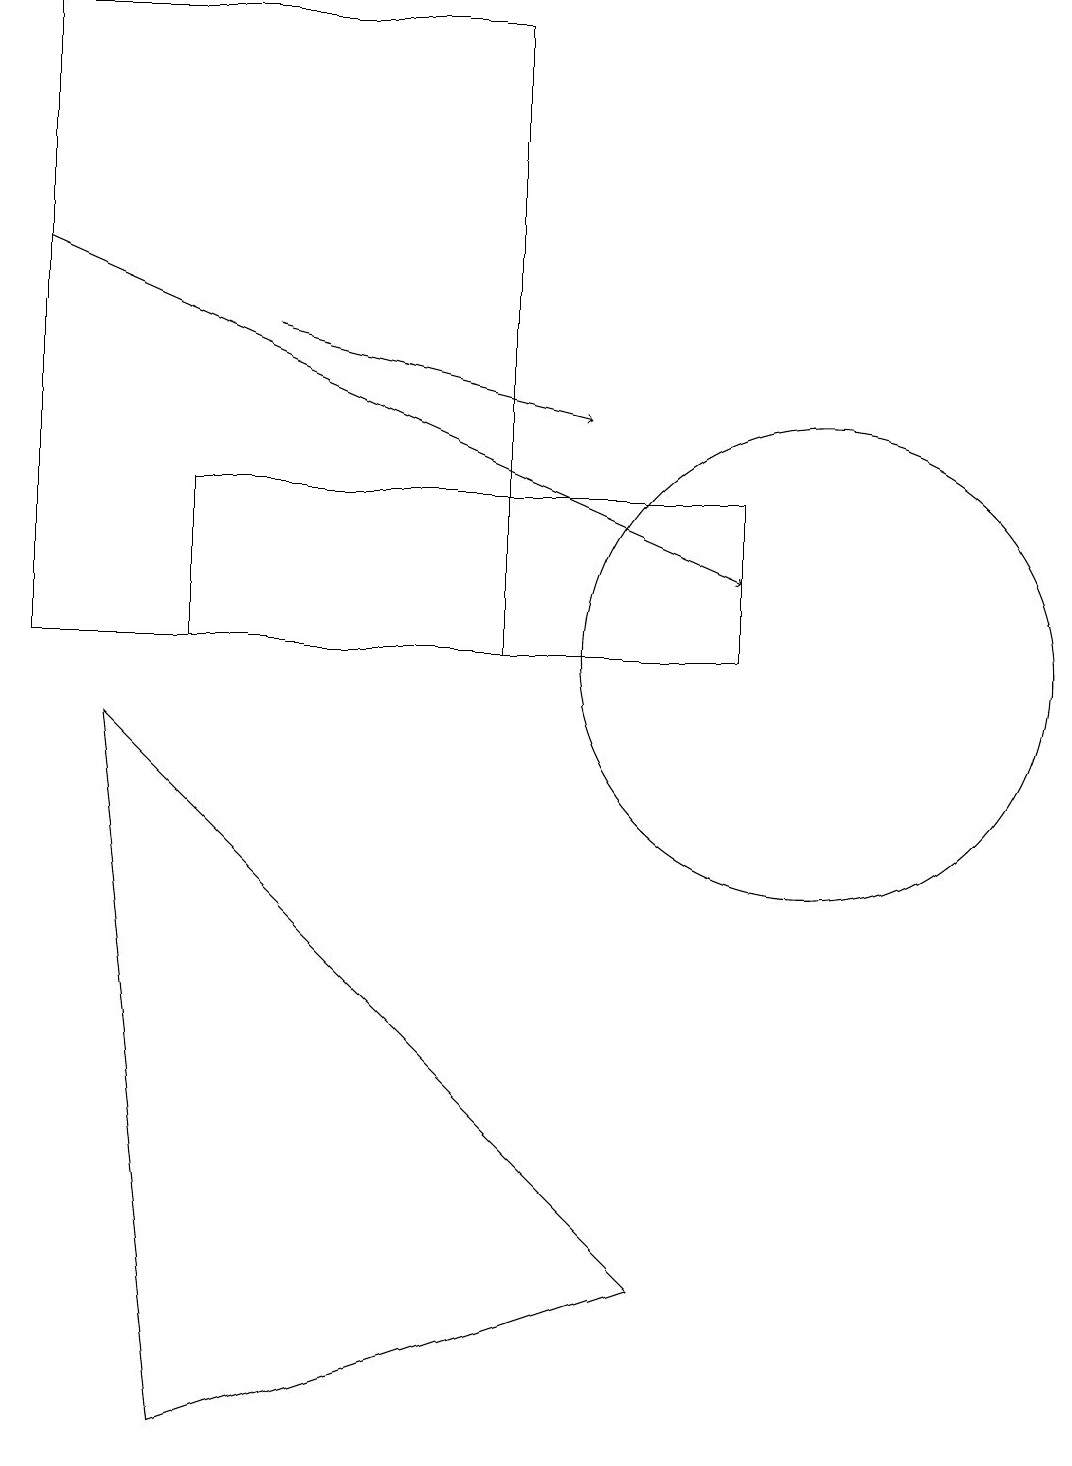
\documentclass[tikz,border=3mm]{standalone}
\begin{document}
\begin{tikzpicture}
\draw (10,10) circle (3);
\draw (2,0) -- (8,2) -- (1,9) -- cycle;
\draw[->] (3,14) -- (7,13);
\draw (2,10) rectangle (9,12);
\draw (0,10) rectangle (6,18);
\draw[->] (0,15) -- (9,11);
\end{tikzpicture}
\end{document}